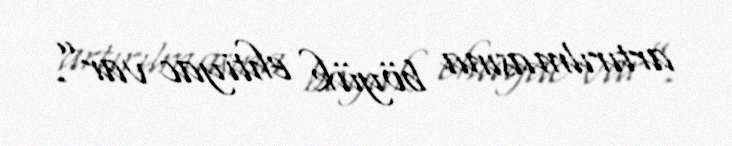
artırılmasına böyük ehtiyac var”.